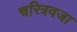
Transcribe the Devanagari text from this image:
चरित्रवजा